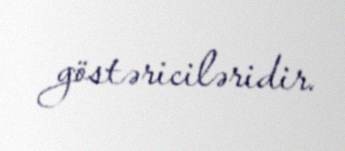
göstəriciləridir.